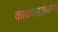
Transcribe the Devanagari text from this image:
काकासाहेबांना